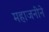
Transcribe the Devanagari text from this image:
महाजनीने